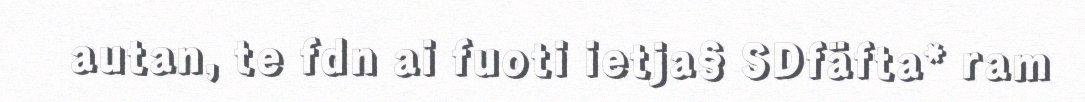
autan, te fdn ai fuoti ietja§ SDfäfta* ram